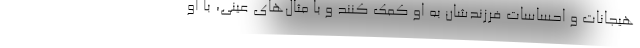
هیجانات و احساسات فرزندشان به او کمک کنند و با مثال‌های عینی، با او